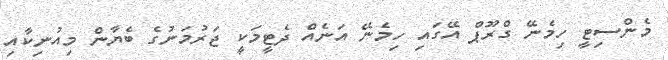
މެންސިޓީ ހިމެނޭ ގްރޫޕް އޭގައި ހިމެނޭ އަނެއް ދެޓީމަކީ ޖަރުމަނުގެ ބެޔާން މިއުނިކާއި